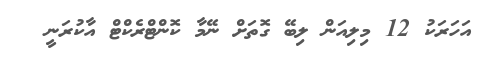
އަހަރަކު 12 މިލިއަން ލިބޭ ގޮތަށް ނޭމާ ކޮންޓްރެކްޓް އާކުރަނީ